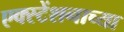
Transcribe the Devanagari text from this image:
एक्स्टेंशनाच्या